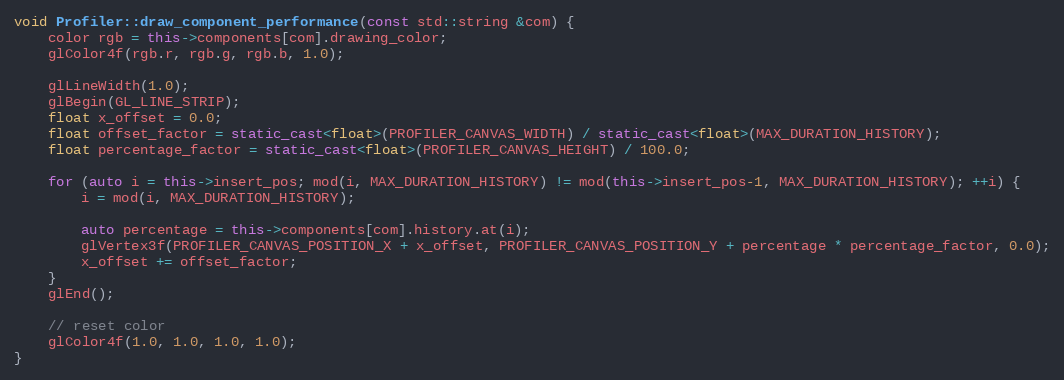
Language: C++
void Profiler::draw_component_performance(const std::string &com) {
	color rgb = this->components[com].drawing_color;
	glColor4f(rgb.r, rgb.g, rgb.b, 1.0);

	glLineWidth(1.0);
	glBegin(GL_LINE_STRIP);
	float x_offset = 0.0;
	float offset_factor = static_cast<float>(PROFILER_CANVAS_WIDTH) / static_cast<float>(MAX_DURATION_HISTORY);
	float percentage_factor = static_cast<float>(PROFILER_CANVAS_HEIGHT) / 100.0;

	for (auto i = this->insert_pos; mod(i, MAX_DURATION_HISTORY) != mod(this->insert_pos-1, MAX_DURATION_HISTORY); ++i) {
		i = mod(i, MAX_DURATION_HISTORY);

		auto percentage = this->components[com].history.at(i);
		glVertex3f(PROFILER_CANVAS_POSITION_X + x_offset, PROFILER_CANVAS_POSITION_Y + percentage * percentage_factor, 0.0);
		x_offset += offset_factor;
	}
	glEnd();

	// reset color
	glColor4f(1.0, 1.0, 1.0, 1.0);
}